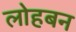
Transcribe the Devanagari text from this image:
लोहबन